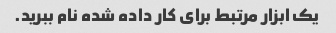
یک ابزار مرتبط برای کار داده شده نام ببرید.